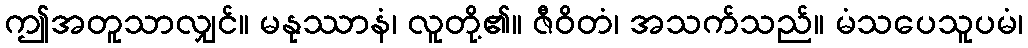
ဤအတူသာလျှင်။ မနုဿာနံ၊ လူတို့၏။ ဇီဝိတံ၊ အသက်သည်။ မံသပေသူပမံ၊